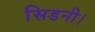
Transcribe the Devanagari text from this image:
सिडनी।